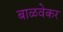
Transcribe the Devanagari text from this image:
बाळवेकर